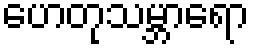
ဟေတုသမ္ဘာရော